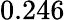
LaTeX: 0.246